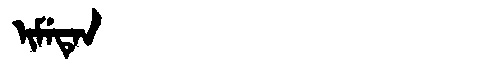
Manchu: ᡳᠮᡝᡨᡝᠨ
Romanization: IMETEN